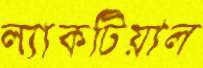
ল্যাকটিয়াল